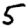
Digit: 5